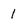
Character: 1